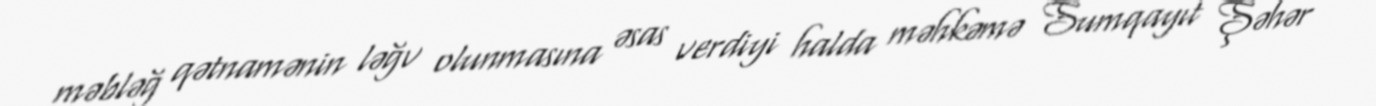
məbləğ qətnamənin ləğv olunmasına əsas verdiyi halda məhkəmə Sumqayıt Şəhər